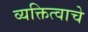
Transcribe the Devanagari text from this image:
व्यक्तित्वाचे